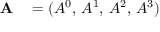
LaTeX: \begin{array} { r l } { \mathbf { A } } & { { } = ( A ^ { 0 } , \, A ^ { 1 } , \, A ^ { 2 } , \, A ^ { 3 } ) } \end{array}